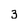
Character: 3